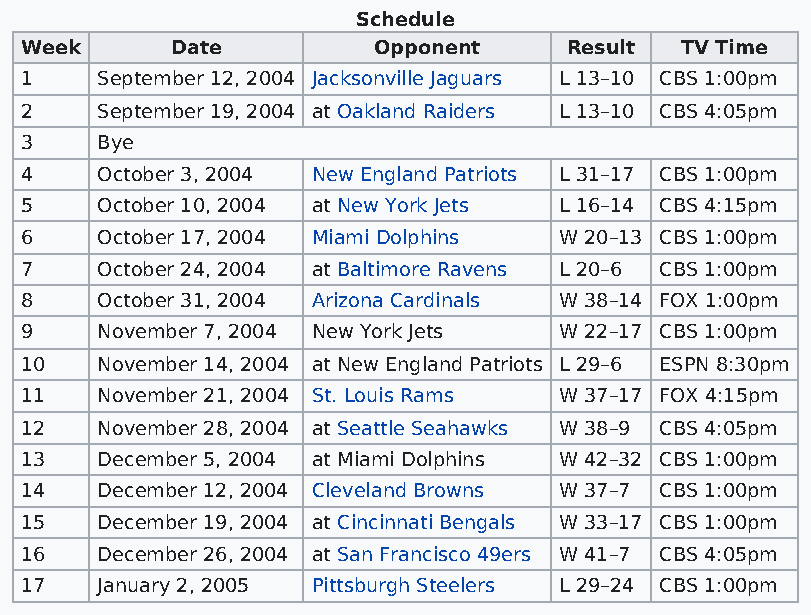
Schedule
 Week      Date          Opponent    Result  TV Time
 1    September 12, 2004 Jacksonville Jaguars L 13–10 CBS 1:00pm
 2    September 19, 2004 at Oakland Raiders L 13–10 CBS 4:05pm
 3    Bye
 4    October 3, 2004 New England Patriots L 31–17 CBS 1:00pm
 5    October 10, 2004 at New York Jets L 16–14 CBS 4:15pm
 6    October 17, 2004 Miami Dolphins W 20–13 CBS 1:00pm
 7    October 24, 2004 at Baltimore Ravens L 20–6 CBS 1:00pm
 8    October 31, 2004 Arizona Cardinals W 38–14 FOX 1:00pm
 9    November 7, 2004 New York Jets W 22–17 CBS 1:00pm
 10   November 14, 2004 at New England Patriots L 29–6 ESPN 8:30pm
 11   November 21, 2004 St. Louis Rams W 37–17 FOX 4:15pm
 12   November 28, 2004 at Seattle Seahawks W 38–9 CBS 4:05pm
 13   December 5, 2004 at Miami Dolphins W 42–32 CBS 1:00pm
 14   December 12, 2004 Cleveland Browns W 37–7 CBS 1:00pm
 15   December 19, 2004 at Cincinnati Bengals W 33–17 CBS 1:00pm
 16   December 26, 2004 at San Francisco 49ers W 41–7 CBS 4:05pm
 17   January 2, 2005 Pittsburgh Steelers L 29–24 CBS 1:00pm